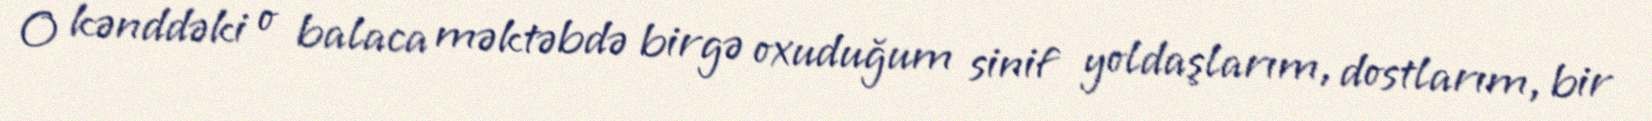
O kənddəki o balaca məktəbdə birgə oxuduğum sinif yoldaşlarım, dostlarım, bir